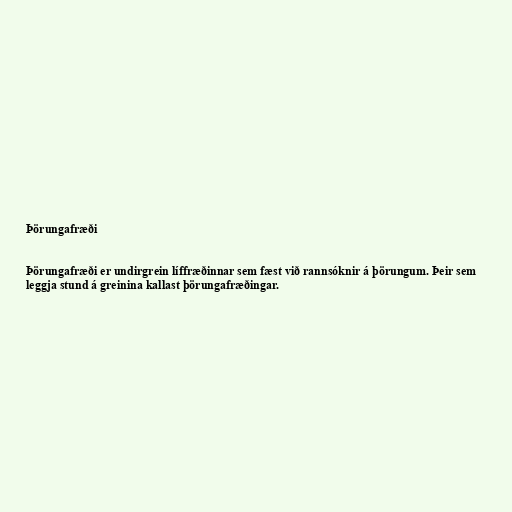
Þörungafræði

Þörungafræði er undirgrein líffræðinnar sem fæst við rannsóknir á þörungum. Þeir sem
leggja stund á greinina kallast þörungafræðingar.